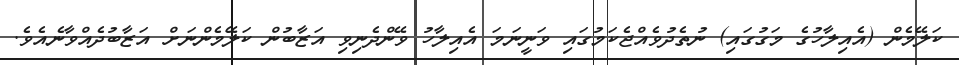
ކަލޭމެން (އެއިލާހުގެ މަގުގައި) ނުތެދުވެއްޖެކަމުގައި ވަނީނަމަ އެއިލާހު ވޭންދެނިވި އަޒާބުން ކަލޭމެންނަށް އަޒާބުދެއްވާނެއެވެ.